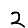
Digit: 2